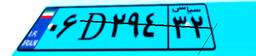
۴۲D۱۰۷۶۳